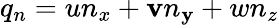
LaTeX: q_{n}=un_{x}+\mathbf{v}n_{\mathbf{y}}+wn_{z}